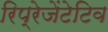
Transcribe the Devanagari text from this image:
रिप्रेजेंटेटिव